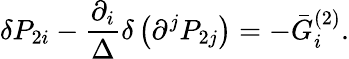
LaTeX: \delta P_{2i}-\frac{\partial_{i}}\Delta\delta\left(\partial^{j}P_{2j}\right)=-\bar{G}_{i}^{(2)}.